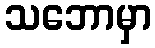
သဘောမှာ